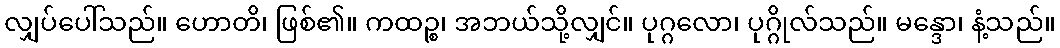
လျှပ်ပေါ်သည်။ ဟောတိ၊ ဖြစ်၏။ ကထဉ္စ၊ အဘယ်သို့လျှင်။ ပုဂ္ဂလော၊ ပုဂ္ဂိုလ်သည်။ မန္ဒော၊ နံ့သည်။